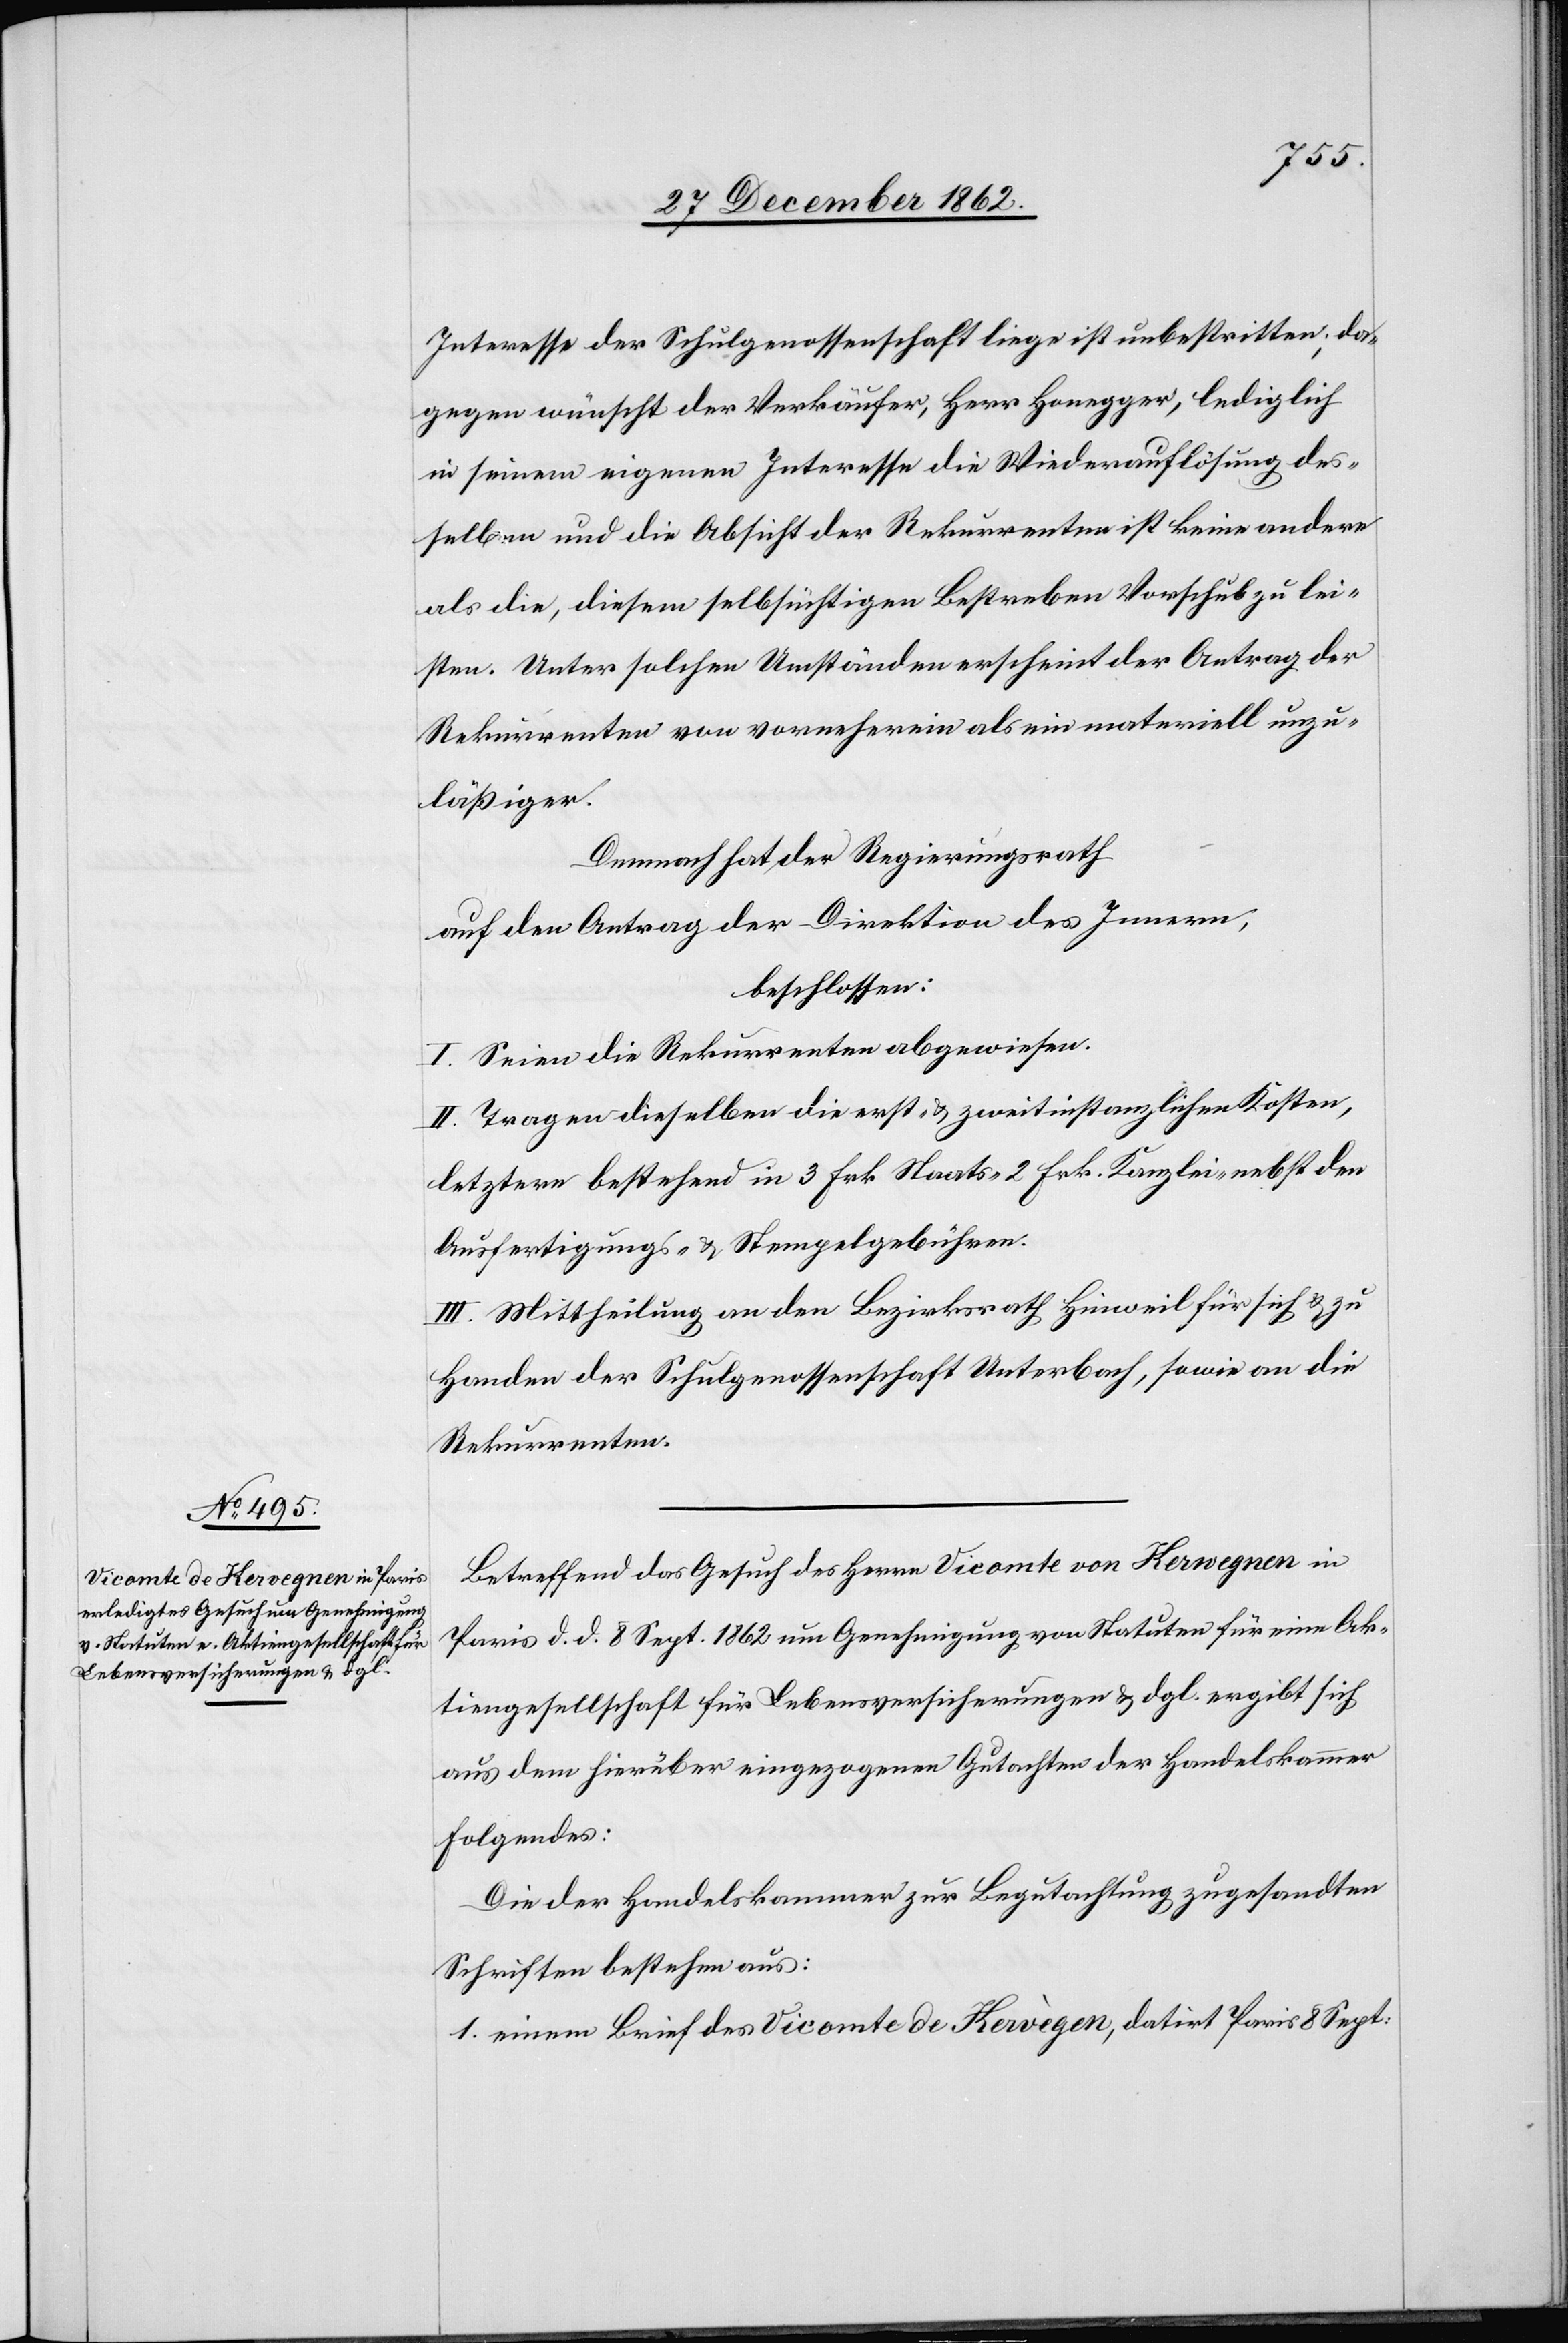
Interesse der Schulgenossenschaft liege ist unbestritten; da¬
gegen wünscht der Verkäufer, Herr Honegger, lediglich
in seinem eigenen Interesse die Wiederauflösung des¬
selben und die Absicht der Rekurrenten ist keine andere
als die, diesem selb[st]süchtigen Bestreben Vorschub zu lei¬
sten. Unter solchen Umständen erscheint der Antrag der
Rekurrenten von vorneherein als ein materiell unzu¬
läßiger.
Demnach hat der Regierungsrath
auf den Antrag der Direktion des Innern,
beschlossen:
I. Seien die Rekurrenten abgewiesen.
II. Tragen dieselben die erst- u. zweitinstanzlichen Kosten,
letztere bestehend in 3 Fr. Staats-[,] 2 Frk. Kanzlei- nebst den
Ausfertigungs- u. Stempelgebühren.
III. Mittheilung an den Bezirksrath Hinweil für sich u. zu
Handen der Schulgenossenschaft Unterbach, sowie an die
Rekurrenten.
Betreffend das Gesuch des Herrn Vicomte von Herwegnen
Paris d. d. 8. Sept. 1862 um Genehmigung von Statuten für eine Ak¬
tiengesellschaft für Lebensversicherungen u. dgl. ergibt sich
aus dem hierüber eingezogenen Gutachten der Handelskammer
folgendes:
Die der Handelskammer zur Begutachtung zugesandten
Schriften bestehen aus:
1. einen Brief des Vicomte de Hervègen [sic!], datirt Paris 8. Sept.